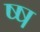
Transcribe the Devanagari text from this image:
ष्ष